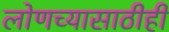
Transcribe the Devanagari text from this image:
लोणच्यासाठीही